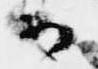
候